Sanitation, dispensaries and jails vaccination Rajputana 1922-1927 - 1922-1927
Year: 1922
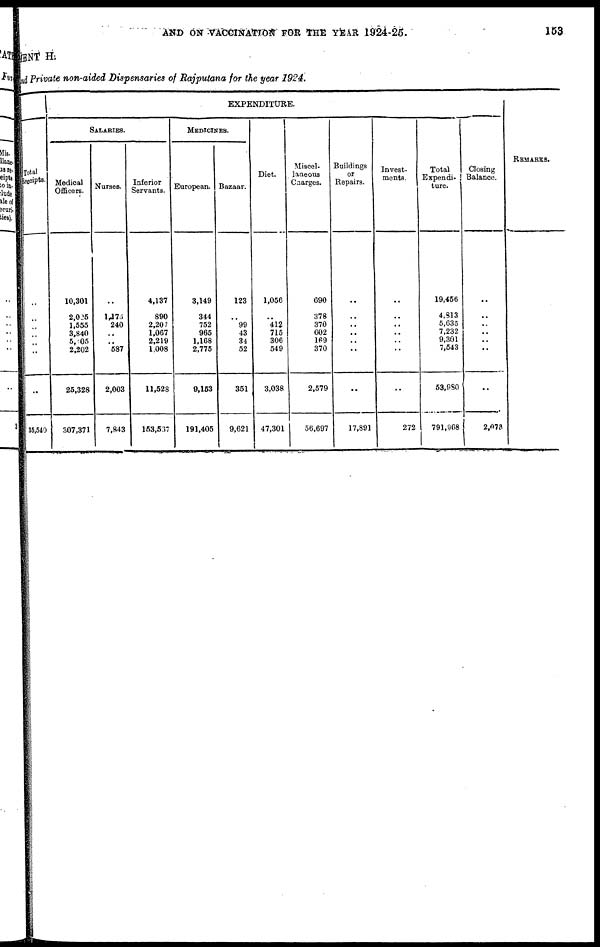
AND ON VACCINATION FOR THE YEAR 1924-25.
153
MENT H.
and Private non-aided Dispensaries of Rajputana for the year 1924.
Total
Receipts.
..
..
..
..
..
..
..
35,540
EXPENDITURE.
SALARIES.
Medical
Officers.
10,301
2,025
1,555
3,840
5,005
2,202
25,328
307,371
Nurses.
..
1,176
240
..
..
587
2,003
7,843
Inferior
Servants.
4,137
890
2,207
1,067
2,219
1,008
11,528
153,537
MEDICINES.
European.
3,149
344
752
965
1,168
2,775
9,153
191,405
Bazaar.
123
..
99
43
34
52
351
9,621
Diet.
1,056
..
412
715
306
549
3,038
47,301
Miscel-
laneous
Charges.
690
378
370
602
169
370
2,579
56,697
Buildings
or
Repairs.
..
..
..
..
..
..
..
17,891
Invest-
ments.
..
..
..
..
..
..
..
272
Total
Expendi-
ture.
19,456
4,813
5,635
7,232
9,301
7,543
53,980
791,068
Closing
Balance.
..
..
..
..
..
..
..
2,073
REMARKS.